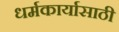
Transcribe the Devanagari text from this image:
धर्मकार्यासाठी